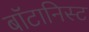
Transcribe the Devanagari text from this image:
बाॅटानिस्ट